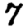
Digit: 7